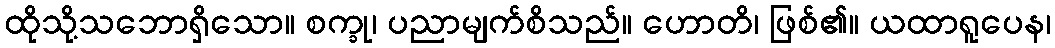
ထိုသို့သဘောရှိသော။ စက္ခု၊ ပညာမျက်စိသည်။ ဟောတိ၊ ဖြစ်၏။ ယထာရူပေန၊